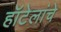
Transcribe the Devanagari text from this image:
हॉटेलांचे